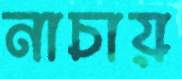
নাচায়